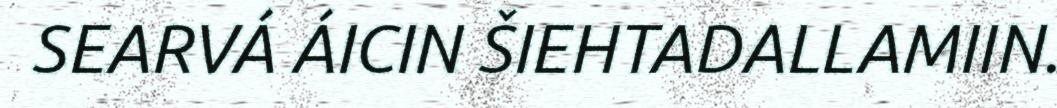
SEARVÁ ÁICIN ŠIEHTADALLAMIIN.